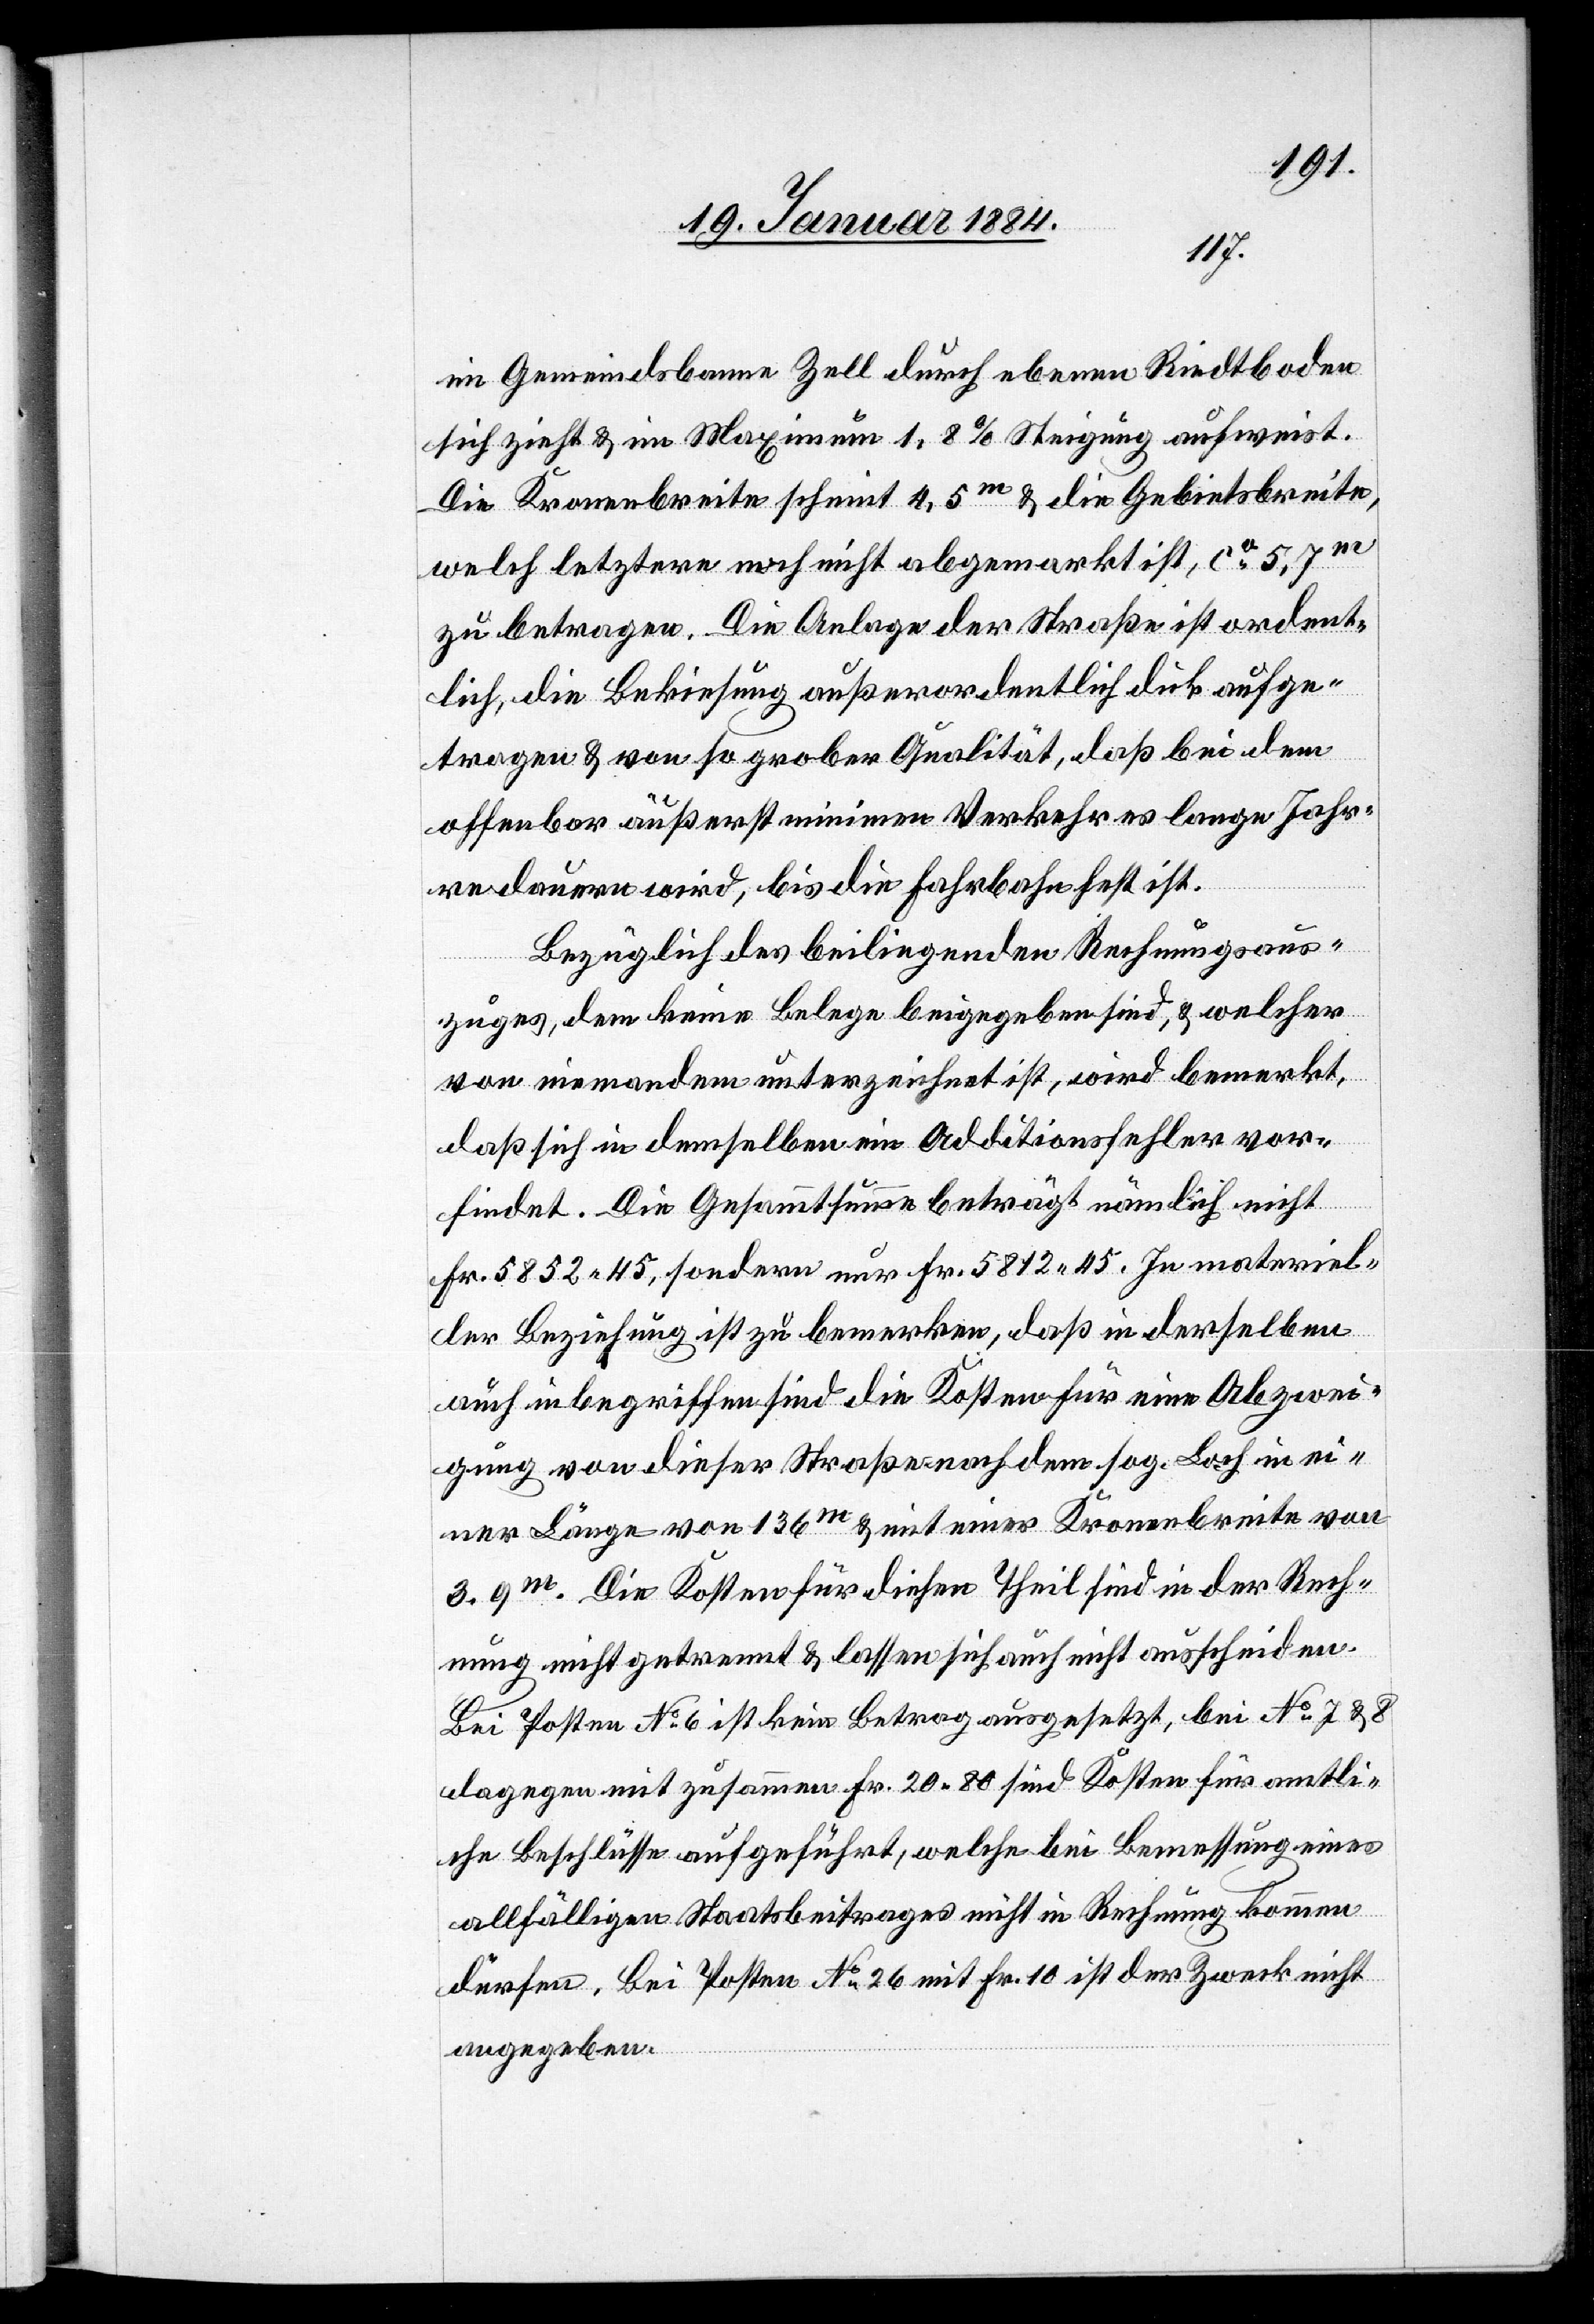
im Gemeindsbann Zell durch ebenen Riedtboden
sich zieht & im Maximum 1,8% Steigung aufweist.
Die Kronenbreite scheint 4,5m & die Gebietsbreite,
welch letztere noch nicht abgemarkt ist, ca 5,7m
zu betragen. Die Anlage der Straße ist ordent¬
lich, die Bekiesung außerordentlich dick aufge¬
tragen & von so grober Qualität, daß bei dem
offenbar äußerst minimen Verkehr es lange Jahr¬
e dauern wird, bis die Fahrbahn fest ist.
Bezüglich des beiliegenden Rechnungsaus¬
zuges, dem keine Belege beigegeben sind, & welcher
von niemandem unterzeichnet ist, wird bemerkt,
daß sich in demselben ein Additionsfehler vor¬
findet. Die Gesammtsumme beträgt nämlich nicht
Fr. 5852 45, sondern nur Fr. 5812 45. In Materiel¬
ler Beziehung ist zu bemerken, daß in derselben
auch inbegriffen sind die Kosten für eine Abzwei¬
gung von dieser Straße nach dem sog. Loch in ei¬
ner Länge von 136m & mit einer Kronenbreite von
3,9m. Die Kosten für diesen Theil sind in der Rech¬
nung nicht getrennt & lassen sich auch nicht ausscheiden.
Bei Posten No 6 ist kein Betrag ausgesetzt, bei No 7 & 8
dagegen mit zusammen Fr. 20.80 sind Kosten für amtli¬
che Beschlüsse aufgeführt, welche bei Bemessung eines
allfälligen Staatsbeitrages nicht in Rechnung kommen
dürfen. Bei Posten No 26 mit Fr. 10 ist der Zweck nicht
angegeben.